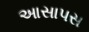
આસાપસ